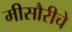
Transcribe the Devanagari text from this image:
मीसौरीचे